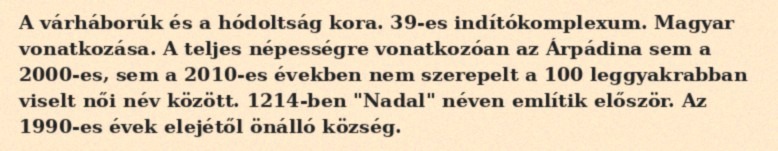
A várháborúk és a hódoltság kora. 39-es indítókomplexum. Magyar vonatkozása. A teljes népességre vonatkozóan az Árpádina sem a 2000-es, sem a 2010-es években nem szerepelt a 100 leggyakrabban viselt női név között. 1214-ben "Nadal" néven említik először. Az 1990-es évek elejétől önálló község.